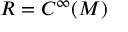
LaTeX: R = C ^ { \infty } ( M )